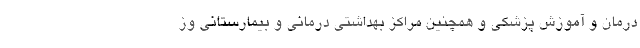
درمان و آموزش پزشکی و همچنین مراکز بهداشتی درمانی و بیمارستانی وز